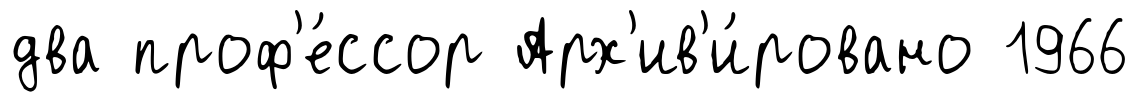
два проф'е́ссор Арх'ив'и́ровано 1966